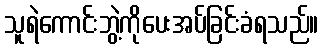
သူရဲကောင်းဘွဲ့ကိုပေးအပ်ခြင်းခံရသည်။